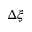
\Delta \xi